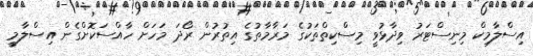
އިސްލާމިކް މިނިސްޓަރު ވިދާޅުވީ މިސްކިތްތަކުގެ މަރާމާތުގެ އިތުރުން ރޯދަ މަހަށް ހާއްސަކޮށްގެން އިސްލާމީ